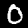
Digit: 0